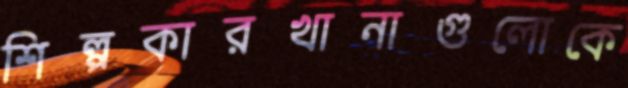
শিল্পকারখানাগুলোকে